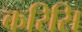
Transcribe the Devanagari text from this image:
करिसि